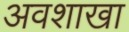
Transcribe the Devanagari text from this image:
अवशाखा